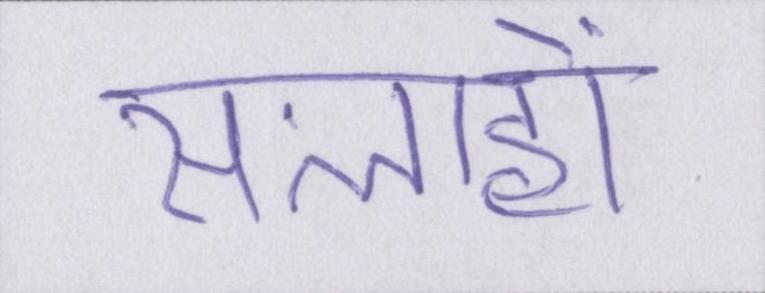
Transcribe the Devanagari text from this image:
सलाहों